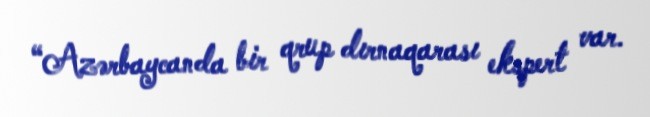
“Azərbaycanda bir qrup dırnaqarası ekspert var.